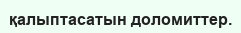
қалыптасатын доломиттер.